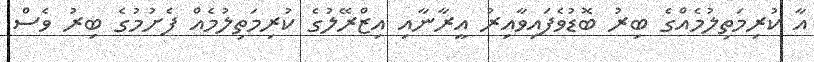
އާ ކުރިމަތިލުމެއްގެ ބިރު ބޮޑުވެފައިވާއިރު އީރާނާއި އިޒްރޭލުގެ ކުރިމަތިލުމެއް ފެށުމުގެ ބިރު ވެސް